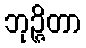
ဘုဉ္ဇိတာ